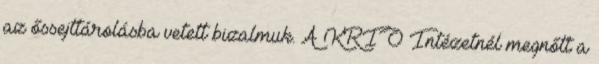
az őssejttárolásba vetett bizalmuk. A KRIO Intézetnél megnőtt a